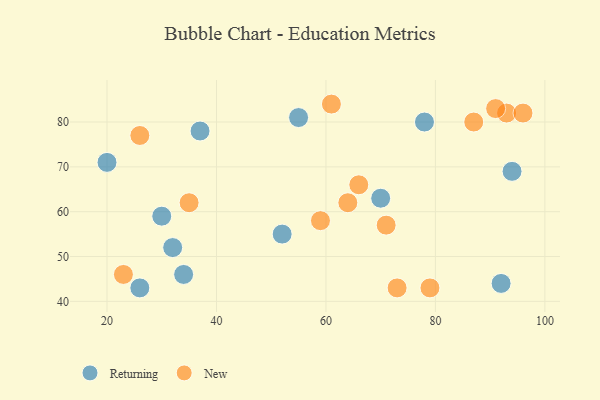
{"axis": {"x": "GDP", "y": "Life Expectancy"}, "legend": ["New", "Returning"], "data": [{"x": "30", "y": 59, "type": "Returning"}, {"x": "78", "y": 80, "type": "Returning"}, {"x": "55", "y": 81, "type": "Returning"}, {"x": "70", "y": 63, "type": "Returning"}, {"x": "37", "y": 78, "type": "Returning"}, {"x": "92", "y": 44, "type": "Returning"}, {"x": "20", "y": 71, "type": "Returning"}, {"x": "26", "y": 43, "type": "Returning"}, {"x": "52", "y": 55, "type": "Returning"}, {"x": "34", "y": 46, "type": "Returning"}, {"x": "94", "y": 69, "type": "Returning"}, {"x": "32", "y": 52, "type": "Returning"}, {"x": "66", "y": 66, "type": "New"}, {"x": "93", "y": 82, "type": "New"}, {"x": "96", "y": 82, "type": "New"}, {"x": "79", "y": 43, "type": "New"}, {"x": "87", "y": 80, "type": "New"}, {"x": "59", "y": 58, "type": "New"}, {"x": "23", "y": 46, "type": "New"}, {"x": "64", "y": 62, "type": "New"}, {"x": "91", "y": 83, "type": "New"}, {"x": "73", "y": 43, "type": "New"}, {"x": "26", "y": 77, "type": "New"}, {"x": "61", "y": 84, "type": "New"}, {"x": "71", "y": 57, "type": "New"}, {"x": "35", "y": 62, "type": "New"}]}